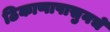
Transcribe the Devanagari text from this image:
ठिकाणापासुनचे